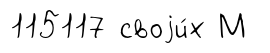
115117 своjи́х М